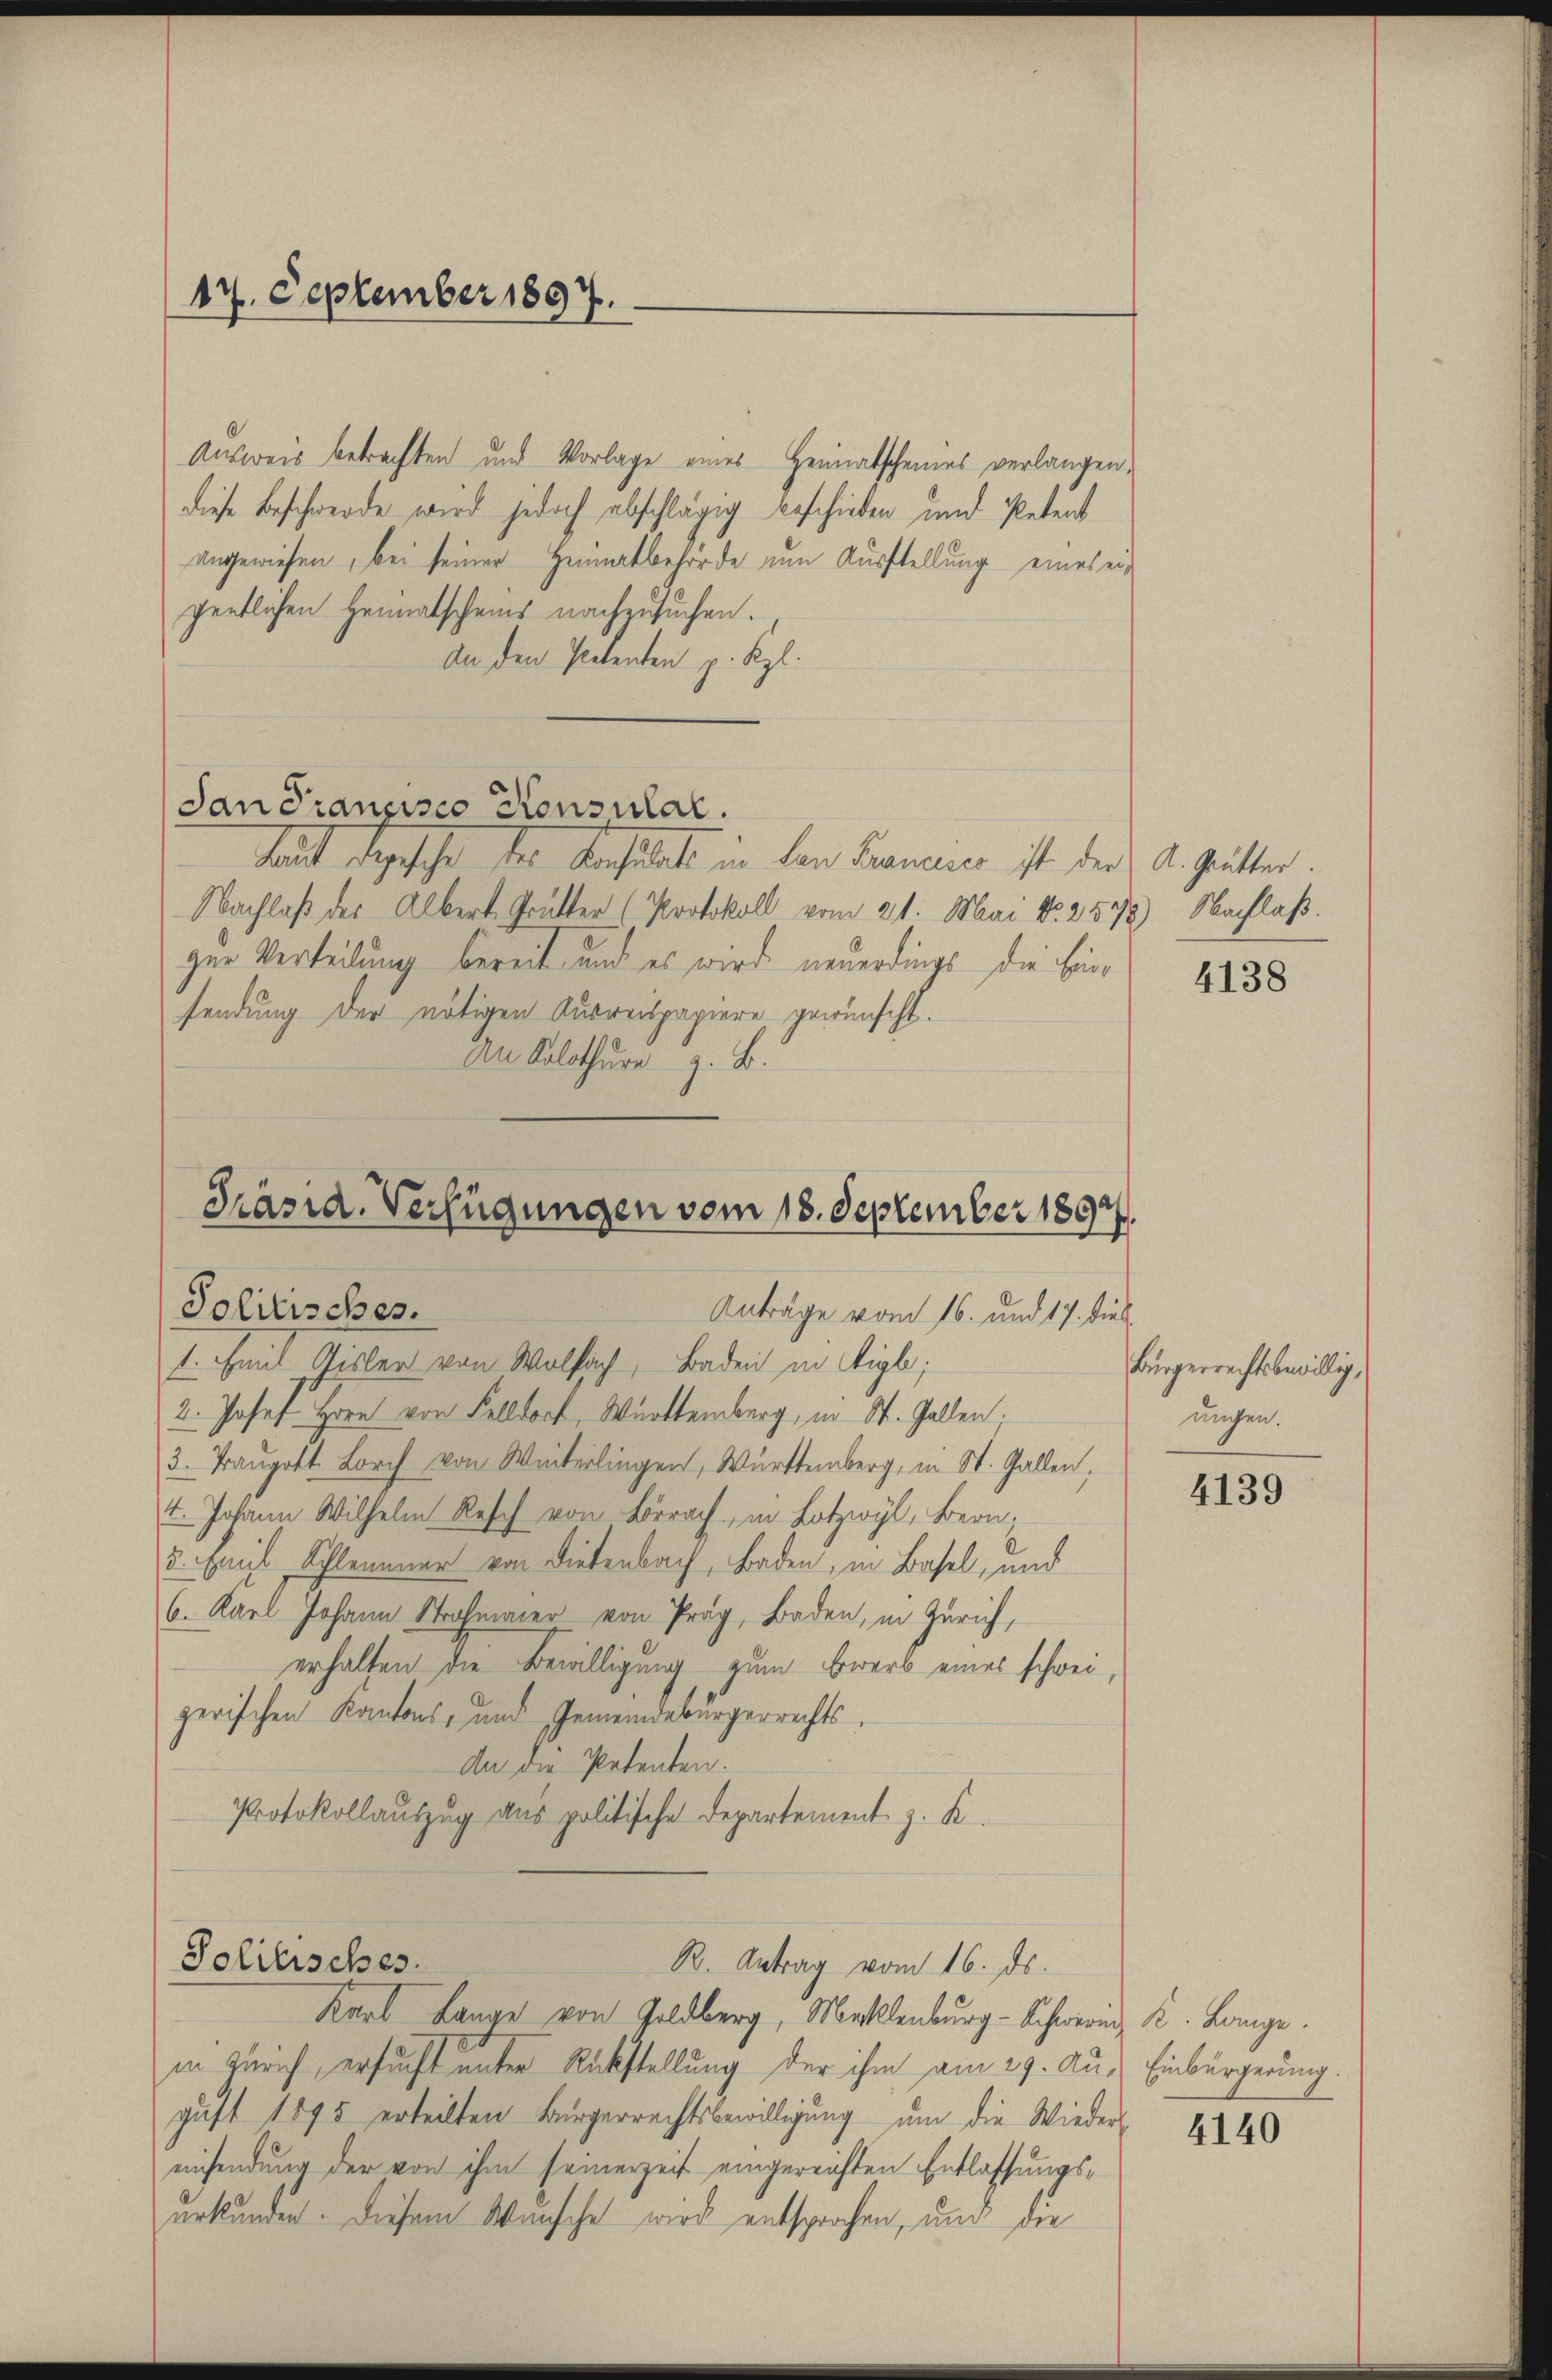
17. September 1897.

Ausweis betrachten und Vorlage eines Heimatscheines verlangen,
diese Beschwerde wird jedoch abschlägig beschieben und Petent
angewiesen, bei seiner Heimatbehörde um Ausstellung eines ergentlichen Heimatscheins nachzusuchen.
An den Petenten p. Kgl.
San Francisco Konsulal.
Laut degesehe der Konsulat in den Tannes ist der A. gutter.
Nachlaß des Albert Grütter (Protokoll vom 21. Mai No 2578) Nachlaß
ger Verteilung bereit und es wird neuerdings die Einsendung der nötigen Ausreispapiere gewünscht.
An Solothur z. B.

Präsid. Verfügungen vom 18. September 1892
Tolitisches.
Anträge vom 16. und 17. dies

1. Emil Gisler von Wolfach, Baden in Sigl;
2. Josef Horn von Felldorf, Württemberg, in St. Gallen;
3. Traugott Lorch von Winterlingen, Württemberg, in St. Gallen,
t. Johann Wilhelm Resch von Lörrach in Lotzwyl, Bern,
u. Emil Schleunner von Dietenbach, Baden, in Basel, und
6. Karl Johann Strohmaier von Prag, Baden, in Zürich,
erhalten die Bewilligung zum Erwerb eines schweizerischen Kantons- und Gemeindebürgerrechts¬
An die Petenten.
Protokollauszug aus politische Departement z. K.

Solitisches.
R. Antrag vom 16. ds.

Karl Lange von Goldberg, Mecklenburg-Schwerin K. Lange
in Zürich, ersucht unter Rückstellung der ihm am 29. Aus Einbürgerung.
gust 1895 erteilten Bürgerrechtsbewilligung um die Wieder-
einsendung der von ihm seinerzeit eingereichten Entlassungsurkunden. Diesem Wünsche wird entsprochen, und die

4138

Bürgerrechtsbewillig,
unchen.

4139

4140